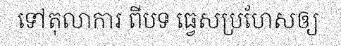
ទៅតុលាការ ពីបទ ធ្វេសប្រហែសឲ្យ